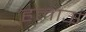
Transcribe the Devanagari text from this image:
हलाऊ